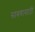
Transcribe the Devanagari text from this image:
साबणासाठी